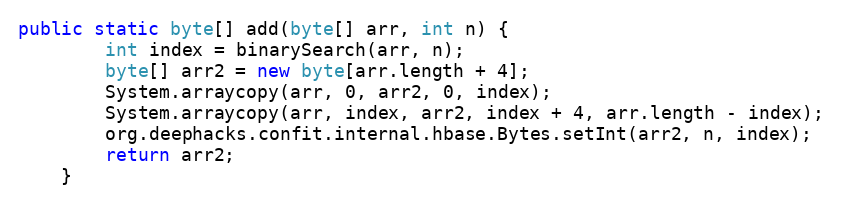
Language: Java
public static byte[] add(byte[] arr, int n) {
        int index = binarySearch(arr, n);
        byte[] arr2 = new byte[arr.length + 4];
        System.arraycopy(arr, 0, arr2, 0, index);
        System.arraycopy(arr, index, arr2, index + 4, arr.length - index);
        org.deephacks.confit.internal.hbase.Bytes.setInt(arr2, n, index);
        return arr2;
    }